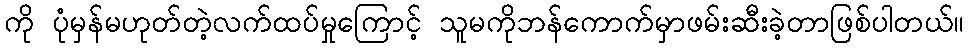
ကို ပုံမှန်မဟုတ်တဲ့လက်ထပ်မှုကြောင့် သူမကိုဘန်ကောက်မှာဖမ်းဆီးခဲ့တာဖြစ်ပါတယ်။